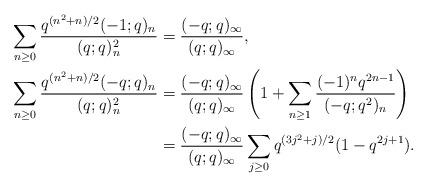
LaTeX: \begin{align*}\sum_{n \geq 0} \frac{q^{{(n^2+n)}/{2}}(-1;q)_n}{(q;q)^2_n} &= \frac{(-q;q)_\infty}{(q;q)_\infty},\\\sum_{n \geq 0} \frac{q^{(n^2+n)/{2}}(-q;q)_n}{(q;q)^2_n} &= \frac{(-q;q)_\infty}{(q;q)_\infty} \left(1+\sum_{n\geq 1} \frac{(-1)^n q^{2n-1}}{(-q;q^2)_{n}}\right)\\ &=\frac{(-q;q)_\infty}{(q;q)_\infty}\sum_{j\geq 0} q^{{(3j^2+j)}/{2}}(1-q^{2j+1}).\end{align*}